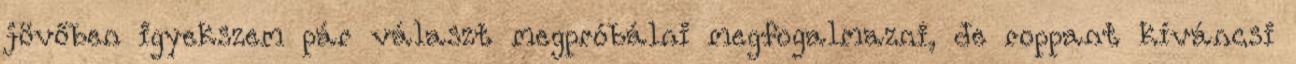
jövőben igyekszem pár választ megpróbálni megfogalmazni, de roppant kíváncsi